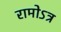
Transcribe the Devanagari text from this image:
रामोऽत्र